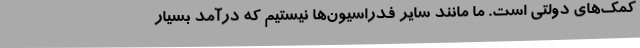
کمک‌های دولتی است. ما مانند سایر فدراسیون‌ها نیستیم که درآمد بسیار